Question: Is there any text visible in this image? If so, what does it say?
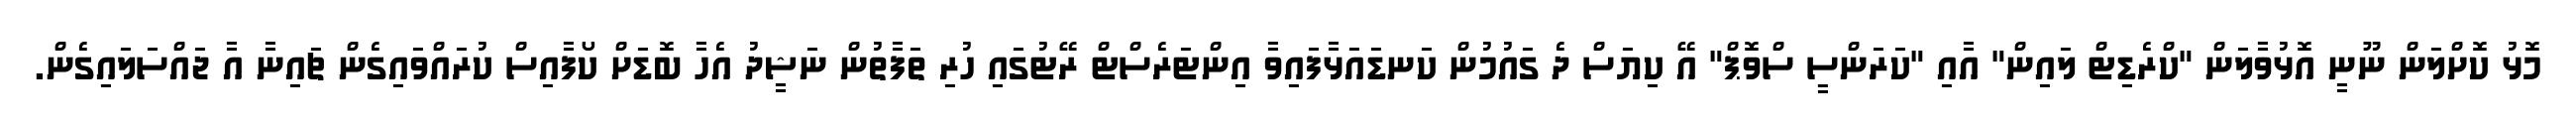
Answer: މޮޅު ކޮށްލަން ނޫނީ އޮޅުވާލަން "ކްރެޑިޓް ލައިން" އާއި "ކަރަންސީ ސްވޮޕް" އޭ ކިޔަސް ދެ ގައުމުން ކަނޑައަޅާފައިވާ އިންޓަރެސްޓް ރޭޓުގައި ހުރި ތަފާތުން ނަޝީދު އެހާ ބޮޑަށް ކޯފާއިސް ކުރައްވައިގެން ޗައިނާ އާ ޖައްސަލައިގެން.